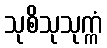
သုစိသုသုက္ကံ